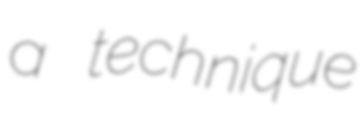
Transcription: a technique